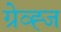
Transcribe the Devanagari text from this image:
ग्रेव्ह्ज